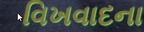
વિખવાદના